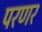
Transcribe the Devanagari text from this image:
परणर